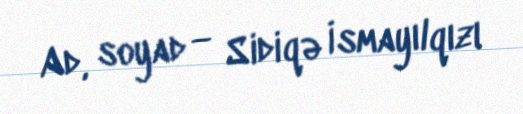
Ad, soyad — Sidiqə İsmayılqızı